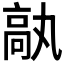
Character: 𩪿